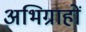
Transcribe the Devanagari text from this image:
अभिग्राहों